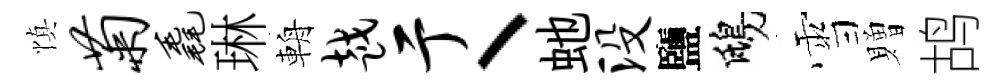
慎菊毳琳輈越亍丶虵没鹽鴟雪贈鸪